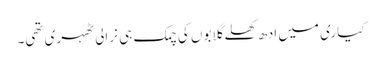
کیاری میں ادھ کھلے گلابوں کی چمک ہی نرالی ٹھہری تھی۔